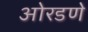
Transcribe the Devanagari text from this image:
ओरडणे